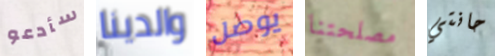
سأدعو والدينا يوصل مصلحتنا حانتي